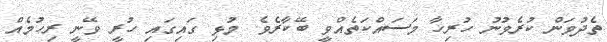
ތެދުވަން ކުރެވުނު ހުރިހާ މަސައްކަތެއްވީ ބޭކާރެވެ. މުޅި ގައިގައި ހުރީ ވޭނީ ރިހުމެއް